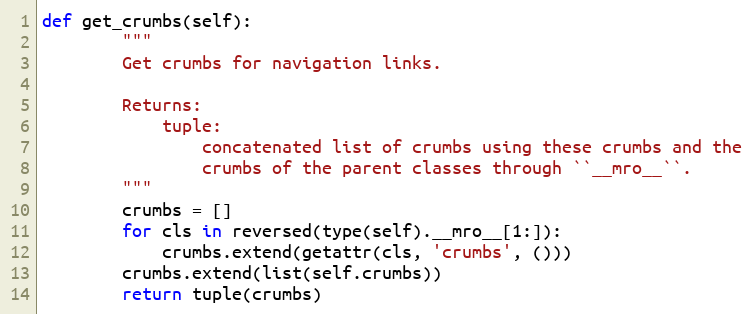
Language: Python
def get_crumbs(self):
        """
        Get crumbs for navigation links.

        Returns:
            tuple:
                concatenated list of crumbs using these crumbs and the
                crumbs of the parent classes through ``__mro__``.
        """
        crumbs = []
        for cls in reversed(type(self).__mro__[1:]):
            crumbs.extend(getattr(cls, 'crumbs', ()))
        crumbs.extend(list(self.crumbs))
        return tuple(crumbs)